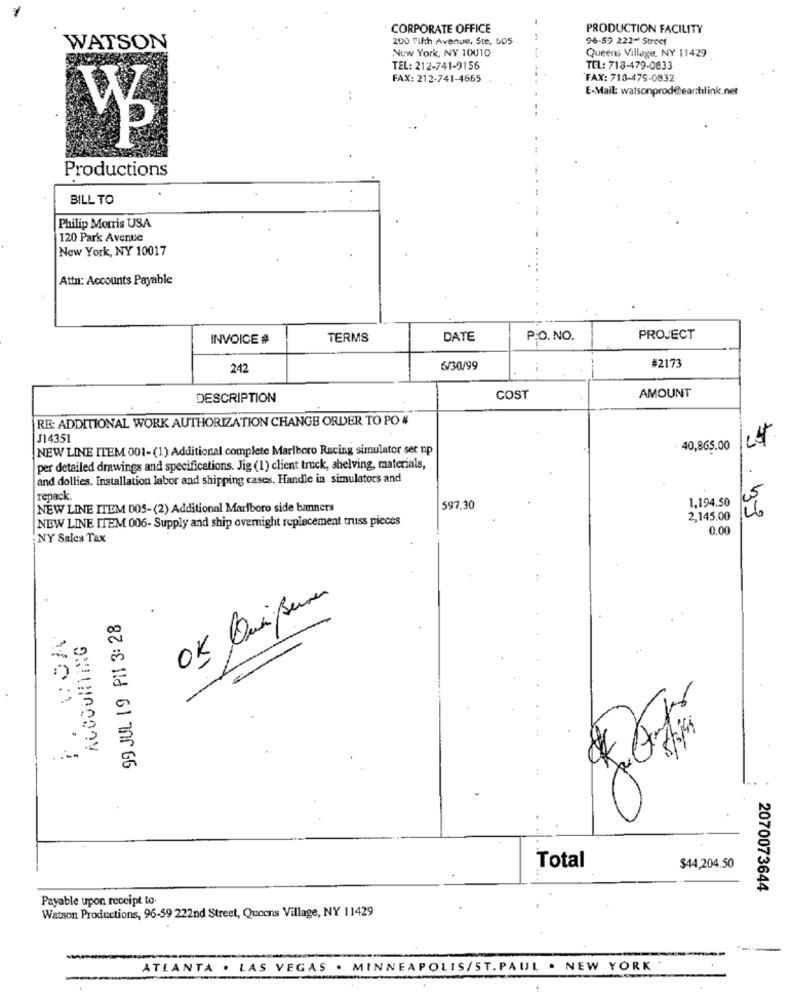
CORPORATE OFFICE
PRODUCTION FACILITY
200 Fifth Avenue, Ste, 505
96-59 222 ** Streef
WATSON
New York, NY 10010
Queens Village, NY 11429
TEL: 212-741-9156
TEL: 718-479-0833
FAX: 212-741-4665
FAX: 718-475-0832
E-Mail: watsonprod@earthlink.net
Productions
BILL TO
Philip Morris USA
120 Park Avenue
New York, NY 10017
Attn: Accounts Payable
INVOICE #
TERMS
DATE
P.O. NO.
PROJECT
242
6/30/99
#2173
DESCRIPTION
COST
AMOUNT
RE: ADDITIONAL WORK AUTHORIZATION CHANGE ORDER TO PO #
J14351
NEW LINE ITEM 001-(1) Additional complete Marlboro Racing simulator set up
40,865.00
per detailed drawings and specifications. Jig (1) client truck, shelving, materials,
and dollies. Installation labor and shipping cases. Handle in simulators and
repack
1,194.50
NEW LINE ITEM 005-(2) Additional Marlboro side banners
597,30
2,145.00
. 33
NEW LINE ITEM 006- Supply and ship overnight replacement truss pieces
0.00
NY Sales Tax
OK Quiseres
99 JUL 19 Pil 3: 28
F. VOA
ACCOUNTING
Total
$44,204.50
2070073644
Payable upon receipt to.
Watson Productions, 96-59 222nd Street, Qucens Village, NY 11429
ATLANTA . LAS VEGAS . MINNEAPOLIS/ST. PAUL . NEW YORK
!